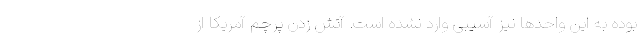
بوده به این واحدها نیز آسیبی وارد نشده است. آتش زدن پرچم آمریکا از